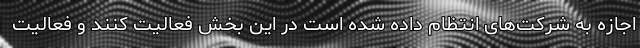
اجازه به شرکت‌های انتظام داده شده است در این بخش فعالیت کنند و فعالیت